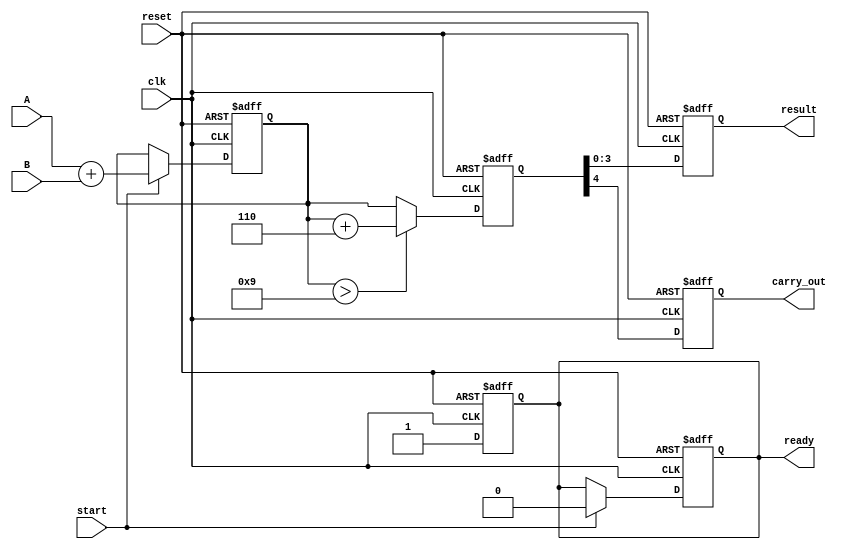
module BCD_Pipelined_Adder (
    input wire clk,
    input wire reset,
    input wire start,
    input wire [3:0] A,
    input wire [3:0] B,
    output reg [3:0] result,
    output reg carry_out,
    output reg ready
);

    // Internal signals
    reg [4:0] sum_stage1; // 5 bits to accommodate carry
    reg [4:0] sum_stage2;
    wire correction_needed;

    // Stage 1: Input Capture and Initial Addition
    always @(posedge clk or posedge reset) begin
        if (reset) begin
            sum_stage1 <= 5'b0;
            ready <= 1'b0;
        end else if (start) begin
            sum_stage1 <= A + B; // Perform addition
            ready <= 1'b0; // Not ready until processing is complete
        end
    end

    // Stage 2: BCD Correction Logic
    always @(posedge clk or posedge reset) begin
        if (reset) begin
            sum_stage2 <= 5'b0;
        end else begin
            // Check if correction is needed (sum > 9 or carry)
            correction_needed = (sum_stage1 > 5'd9);
            if (correction_needed) begin
                sum_stage2 <= sum_stage1 + 5'd6; // Add 6 for BCD correction
            end else begin
                sum_stage2 <= sum_stage1;
            end
        end
    end

    // Stage 3: Output Generation
    always @(posedge clk or posedge reset) begin
        if (reset) begin
            result <= 4'b0;
            carry_out <= 1'b0;
            ready <= 1'b0;
        end else begin
            result <= sum_stage2[3:0]; // Take lower 4 bits as result
            carry_out <= sum_stage2[4]; // Carry out from the addition
            ready <= 1'b1; // Indicate that the result is ready
        end
    end

endmodule